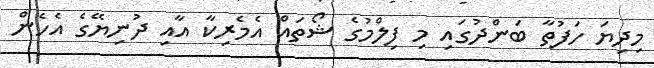
މިދިޔަ ހަފުތާ ބަންދުގައި މި ފިލްމުގެ ޝޯތައް އެމެރިކާ އާއި ދުނިޔޭގެ އެހެން